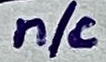
Text: n/c